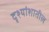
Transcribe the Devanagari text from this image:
दृश्यांशातील